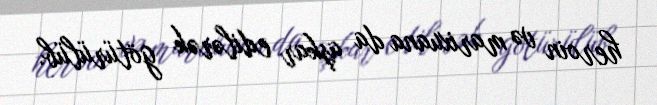
heroin və marixuana da aşkar edilərək götürülüb.